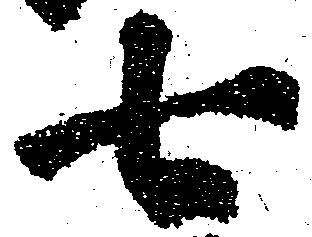
七